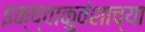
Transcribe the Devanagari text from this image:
इक्ष्वाकुवंशाच्या